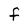
Character: F